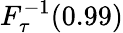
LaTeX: F_{\tau}^{-1}(0.99)